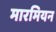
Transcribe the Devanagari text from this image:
मारमियन